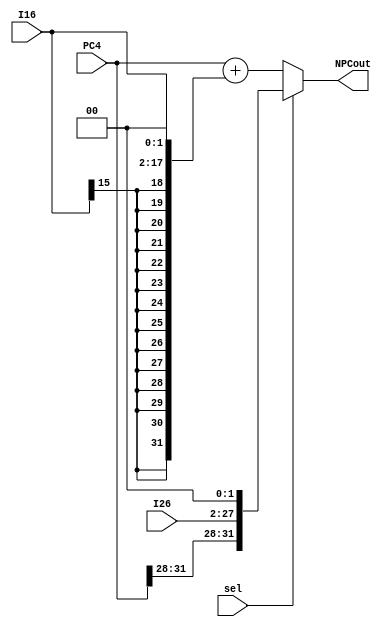
`timescale 1ns / 1ps
//////////////////////////////////////////////////////////////////////////////////
// Company: 
// Engineer: 
// 
// Design Name: 
// Module Name:    npc 
// Project Name: 
// Target Devices: 
// Tool versions: 
// Description: 
//
// Dependencies: 
//
// Revision: 
// Revision 0.01 - File Created
// Additional Comments: 
//
//////////////////////////////////////////////////////////////////////////////////
module npc(
	 input sel,
    input [31:0] PC4,
    input [25:0] I26,
    input [15:0] I16,
    output [31:0] NPCout
    );
	assign NPCout = sel ? {PC4[31:28], I26[25:0], 2'b00} : (PC4 + {{14{I16[15]}}, I16[15:0], 2'b00});

endmodule